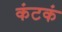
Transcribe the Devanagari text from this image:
कंटकं